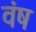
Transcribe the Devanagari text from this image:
वंष